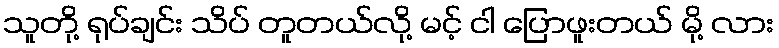
သူတို့ ရုပ်ချင်း သိပ် တူတယ်လို့ မင့် ငါ ပြောဖူးတယ် မို့ လား